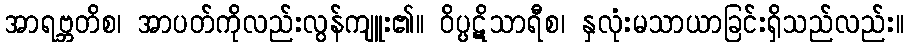
အာရဗ္ဘတိစ၊ အာပတ်ကိုလည်းလွန်ကျူး၏။ ဝိပ္ပဋိသာရီစ၊ နှလုံးမသာယာခြင်းရှိသည်လည်း။